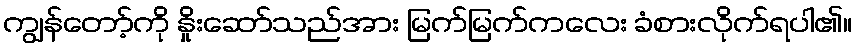
ကျွန်တော့်ကို နှိုးဆော်သည်အား မြက်မြက်ကလေး ခံစားလိုက်ရပါ၏။